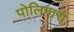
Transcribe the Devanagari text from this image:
पोलिगारों